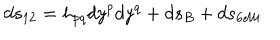
d s _ { 1 2 } = h _ { p q } d y ^ { p } d y ^ { q } + d s _ { B } + d s _ { 6 { \cal M } }